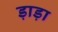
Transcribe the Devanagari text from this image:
ड़ाड़ा